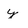
Character: y